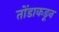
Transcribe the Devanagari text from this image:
तोंडाकडून